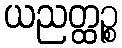
ယညတ္ထဉ္စ